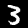
Digit: 3